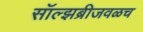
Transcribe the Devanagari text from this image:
सॉल्झब्रीजवळच